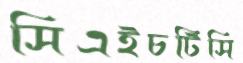
সিএইচটিসি